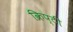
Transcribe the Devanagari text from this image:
क्रिप्टी